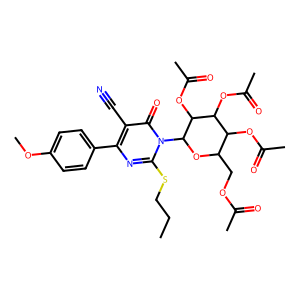
SMILES: CCCSc1nc(-c2ccc(OC)cc2)c(C#N)c(=O)n1C1OC(COC(C)=O)C(OC(C)=O)C(OC(C)=O)C1OC(C)=O
Inhibits HIV replication: No